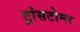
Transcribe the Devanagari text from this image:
ट्रांसटोमर